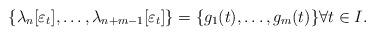
LaTeX: \begin{align*}\{\lambda_n[\varepsilon_t] , \ldots , \lambda_{n+m-1}[ \varepsilon_t]\} = \{g_1(t),\ldots, g_m(t)\} \forall t \in I.\end{align*}